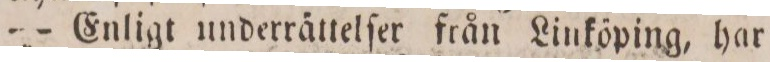
— Enligt underrättelſer från Linköping, har